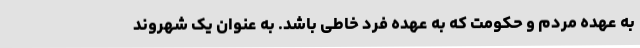
به عهده مردم و حکومت که به عهده فرد خاطی باشد. به عنوان یک شهروند